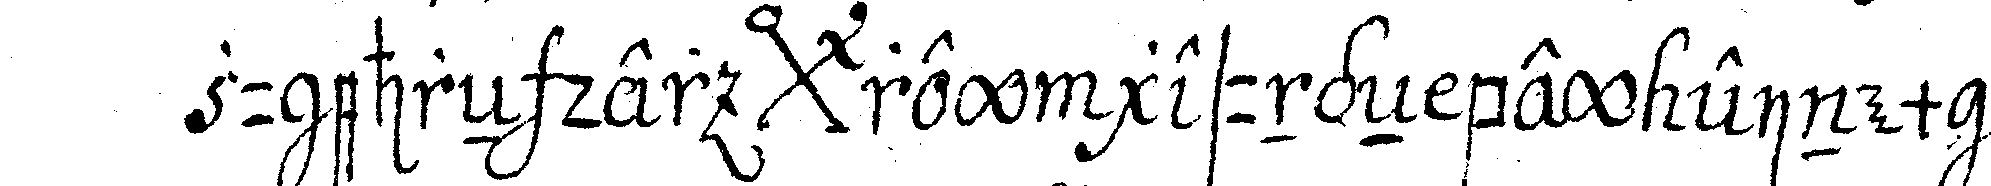
zu ehreN der *bigx* rey gesungeN bey einem aber